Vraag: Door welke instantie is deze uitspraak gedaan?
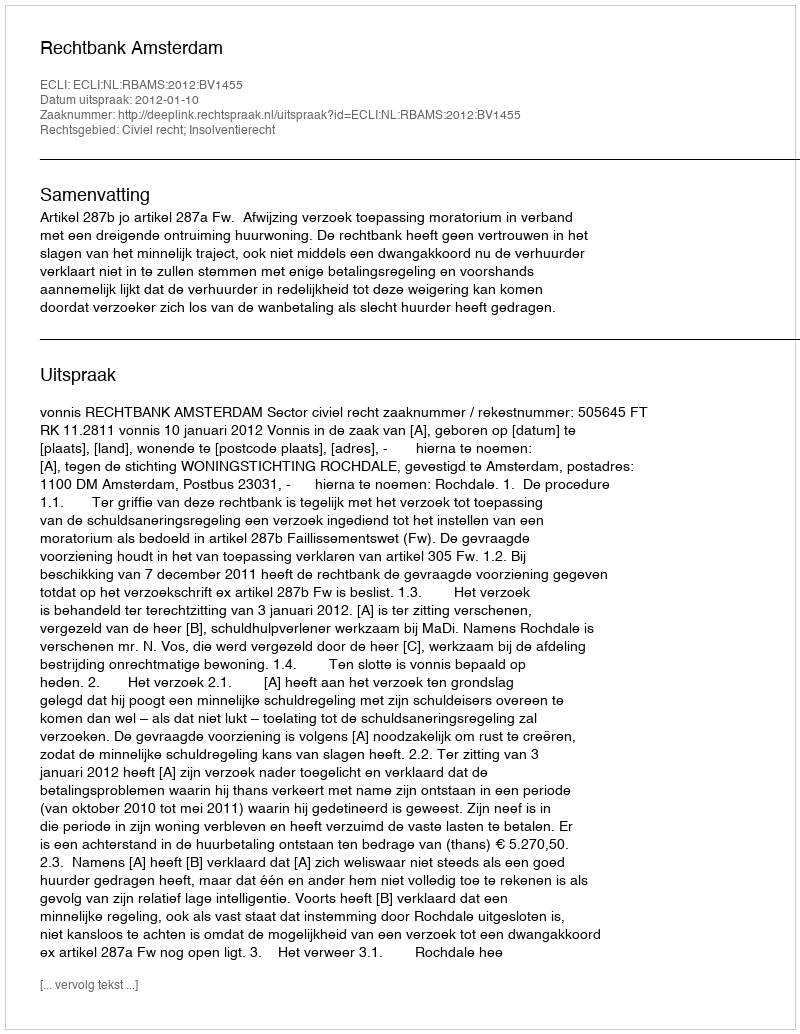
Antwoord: Rechtbank Amsterdam